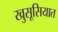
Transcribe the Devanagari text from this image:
खुसूसियात